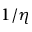
1 / \eta